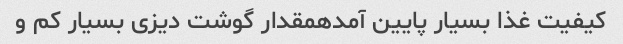
کیفیت غذا بسیار پایین آمدهمقدار گوشت دیزی بسیار کم و